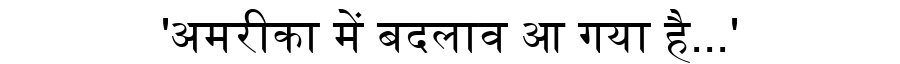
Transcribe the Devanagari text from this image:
'अमरीका में बदलाव आ गया है...'